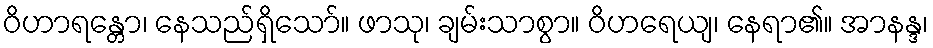
ဝိဟာရန္တော၊ နေသည်ရှိသော်။ ဖာသု၊ ချမ်းသာစွာ။ ဝိဟရေယျ၊ နေရာ၏။ အာနန္ဒ၊